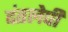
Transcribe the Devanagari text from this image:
दंतलेपी